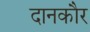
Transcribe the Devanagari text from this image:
दानकौर